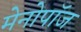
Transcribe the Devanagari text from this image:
मेनोपॉज